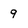
Character: 9